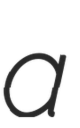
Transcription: a